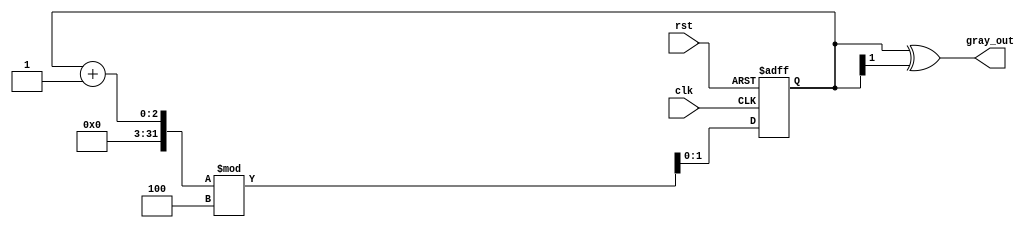
module gray_code_counter #(parameter n = 2) (
    input wire clk,
    input wire rst,
    output reg [n-1:0] gray_out
);

// Internal binary counter
reg [n-1:0] binary_count;

// Gray code conversion function
function [n-1:0] binary_to_gray;
    input [n-1:0] binary;
    begin
        binary_to_gray = binary ^ (binary >> 1);
    end
endfunction

// State update logic
always @(posedge clk or posedge rst) begin
    if (rst) begin
        // Reset the counter to 0
        binary_count <= 0;
    end else begin
        // Increment the binary counter and wrap around
        binary_count <= (binary_count + 1) % (1 << n);
    end
end

// Convert binary count to Gray code
always @(*) begin
    gray_out = binary_to_gray(binary_count);
end

endmodule